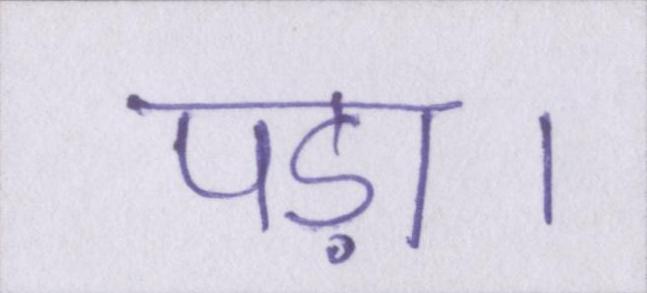
पड़ा।